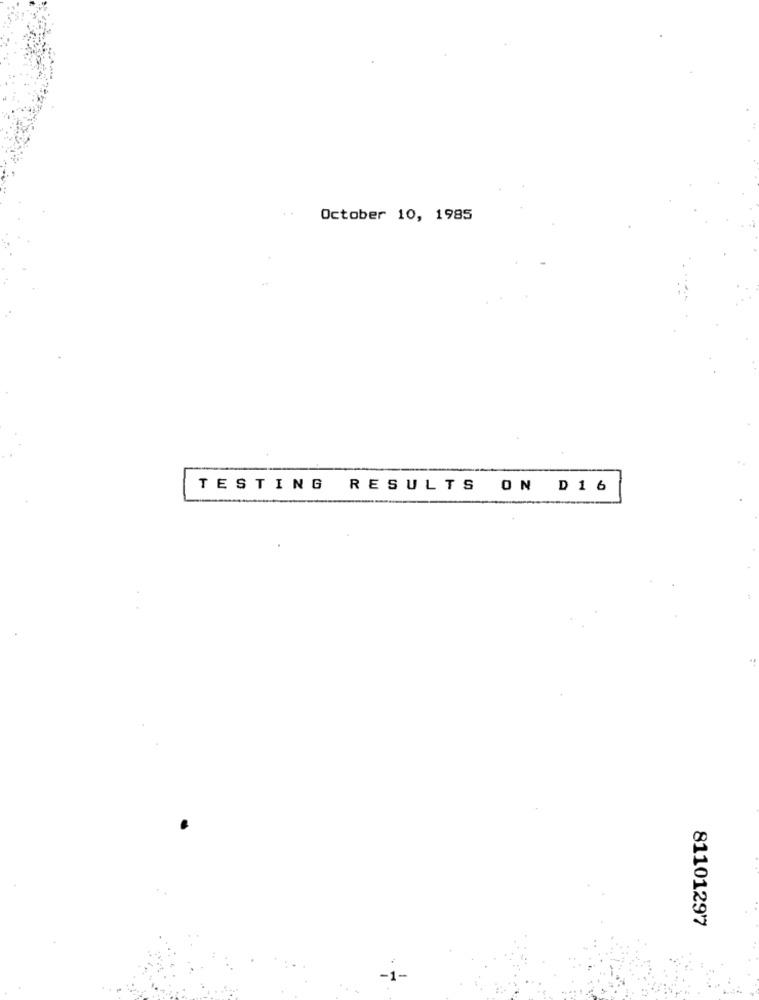
October 10, 1985
TESTING RESULTS ON D16
81101297
-1-